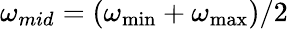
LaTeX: \omega_{mid}=(\omega_{\operatorname*{min}}+\omega_{\operatorname*{max}})/2